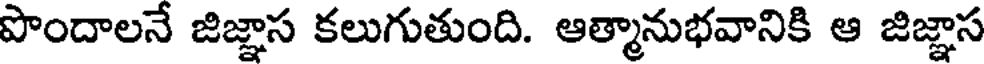
పొందాలనే జిజ్ఞాస కలుగుతుంది. ఆత్మానుభవానికి ఆ జిజ్ఞాస